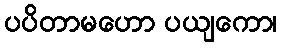
ပပိတာမဟော ပယျကော၊